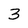
Character: 3